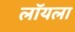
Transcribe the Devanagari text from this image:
लॉयला